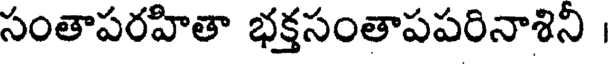
సంతాపరహితా భక్తసంతాపపరినాశిని